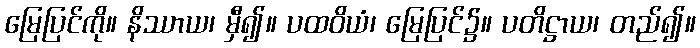
မြေပြင်ကို။ နိဿာယ၊ မှီ၍။ ပထဝိယံ၊ မြေပြင်၌။ ပတိဋ္ဌာယ၊ တည်၍။